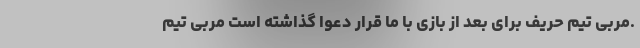
.مربی تیم حریف برای بعد از بازی با ما قرارِ دعوا گذاشته است مربی تیم